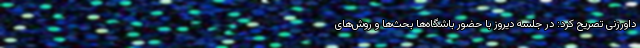
داورزنی تصریح کرد: در جلسه دیروز با حضور باشگاه‌ها بحث‌ها و روش‌های